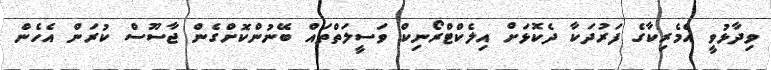
ވިދާޅުވީ އެމެރިކާގެ ފަރުދަކާ ދެކޮޅަށް އިލެކްޓްރޯނިކް ވަސީލަތްތައް ބޭނުންކޮށްގެން ޖާސޫސް ކުރަން އެހެން